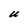
Character: U